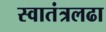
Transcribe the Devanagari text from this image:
स्वातंत्रलढा